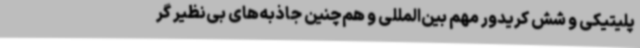
پلیتیکی و شش کریدور مهم بین‌المللی و هم‌چنین جاذبه‌های بی‌نظیر گر